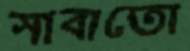
সাবাতো